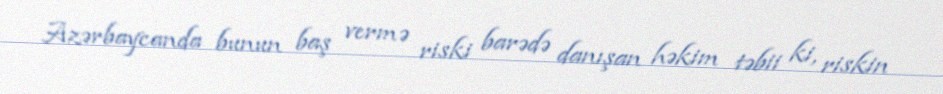
Azərbaycanda bunun baş vermə riski barədə danışan həkim təbii ki, riskin